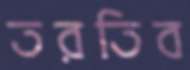
তরতিব